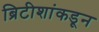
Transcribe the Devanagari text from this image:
ब्रिटीशांकडून